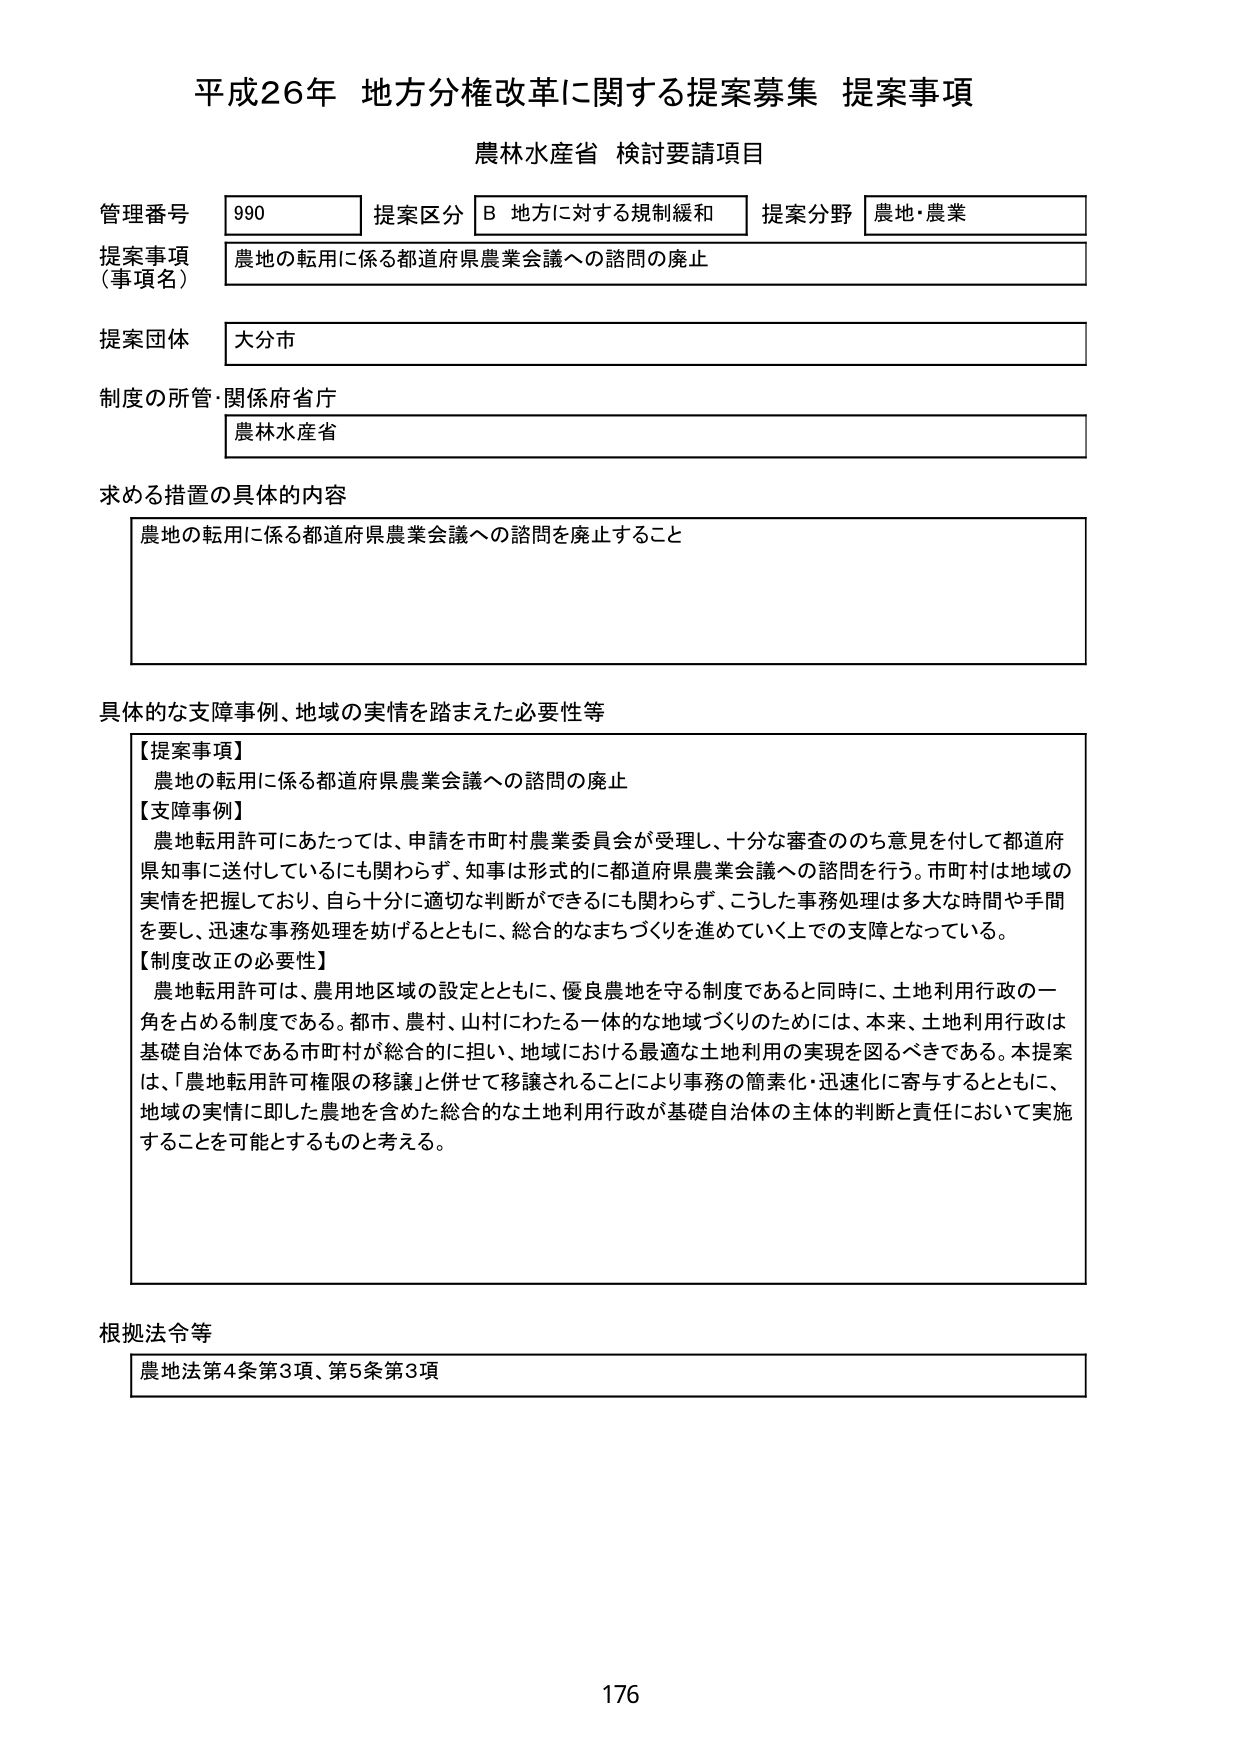
平成26年 地方分権改革に関する提案募集 提案事項
農林水産省 検討要請項目

管理番号 990 提案区分 B 地方に対する規制緩和 提案分野 農地・農業
提案事項（事項名） 農地の転用に係る都道府県農業会議への諮問の廃止
提案団体 大分市
制度の所管・関係府省庁 農林水産省

求める措置の具体的内容
農地の転用に係る都道府県農業会議への諮問を廃止すること

具体的な支障事例、地域の実情を踏まえた必要性等
【提案事項】
農地の転用に係る都道府県農業会議への諮問の廃止
【支障事例】
農地転用許可にあたっては、申請を市町村農業委員会が受理し、十分な審査ののち意見を付して都道府県知事に送付しているにも関わらず、知事は形式的に都道府県農業会議への諮問を行う。市町村は地域の実情を把握しており、自ら十分に適切な判断ができるにも関わらず、こうした事務処理は多大な時間や手間を要し、迅速な事務処理を妨げるとともに、総合的なまちづくりを進めていく上での支障となっている。
【制度改正の必要性】
農地転用許可は、農用地区域の設定とともに、優良農地を守る制度であると同時に、土地利用行政の一角を占める制度である。都市、農村、山村にわたる一体的な地域づくりのためには、本来、土地利用行政は基礎自治体である市町村が総合的に担い、地域における最適な土地利用の実現を図るべきである。本提案は、「農地転用許可権限の移譲」と併せて移譲されることにより事務の簡素化・迅速化に寄与するとともに、地域の実情に即した農地を含めた総合的な土地利用行政が基礎自治体の主体的判断と責任において実施することを可能とするものと考える。

根拠法令等
農地法第4条第3項、第5条第3項

176